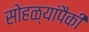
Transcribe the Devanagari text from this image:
सोहळ्यांपैकी